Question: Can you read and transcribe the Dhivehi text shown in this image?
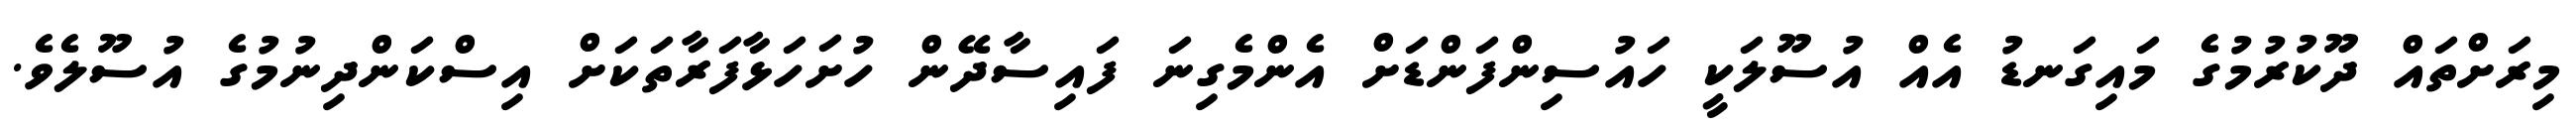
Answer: މިރަށްތައް ދޫކުރުމުގެ މައިގަނޑު އެއް އުސޫލަކީ ހައުސިންފަންޑަށް އެންމެގިނަ ފައިސާދޭން ހުށަހަޅާފަރާތަކަށް އިސްކަންދިނުމުގެ އުސޫލެވެ.